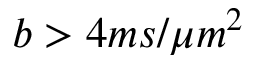
b > 4 m s / \mu m ^ { 2 }